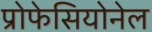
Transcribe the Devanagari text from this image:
प्रोफेसियोनेल